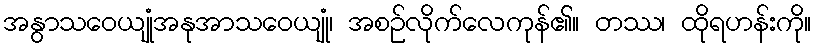
အနွာသဝေယျုံအနုအာသဝေယျုံ၊ အစဉ်လိုက်လေကုန်၏။ တဿ၊ ထိုရဟန်းကို။